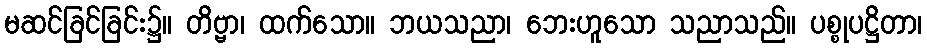
မဆင်ခြင်ခြင်း၌။ တိဗ္ဗာ၊ ထက်သော။ ဘယသညာ၊ ဘေးဟူသော သညာသည်။ ပစ္စုပဋ္ဌိတာ၊